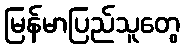
မြန်မာပြည်သူတွေ